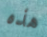
هذه